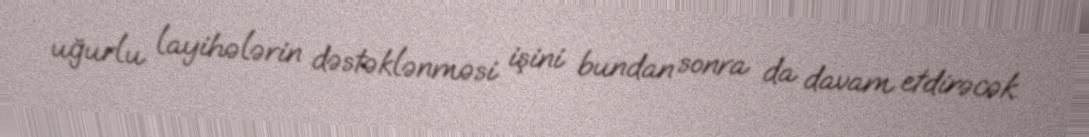
uğurlu layihələrin dəstəklənməsi işini bundan sonra da davam etdirəcək.